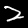
Digit: 2